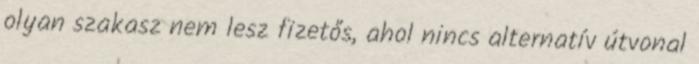
olyan szakasz nem lesz fizetős, ahol nincs alternatív útvonal